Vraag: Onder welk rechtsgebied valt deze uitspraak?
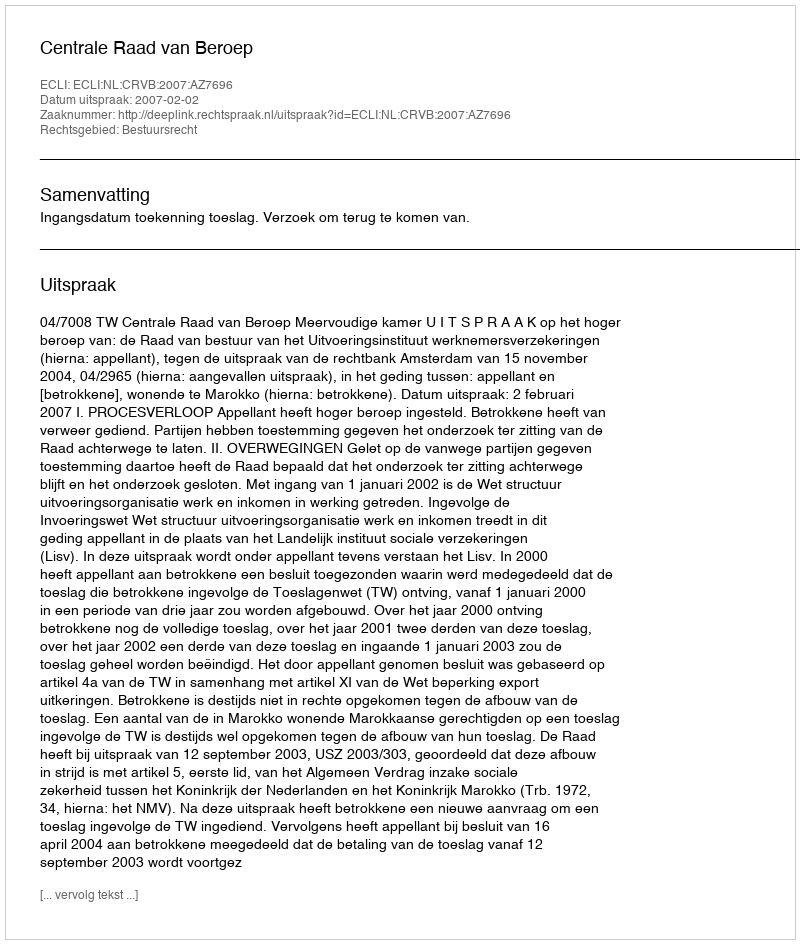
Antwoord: Bestuursrecht